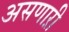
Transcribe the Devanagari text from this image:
असणाऱी